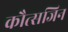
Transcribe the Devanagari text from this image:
कौत्सजिन